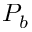
P _ { b }